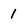
Character: 1